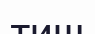
тиш